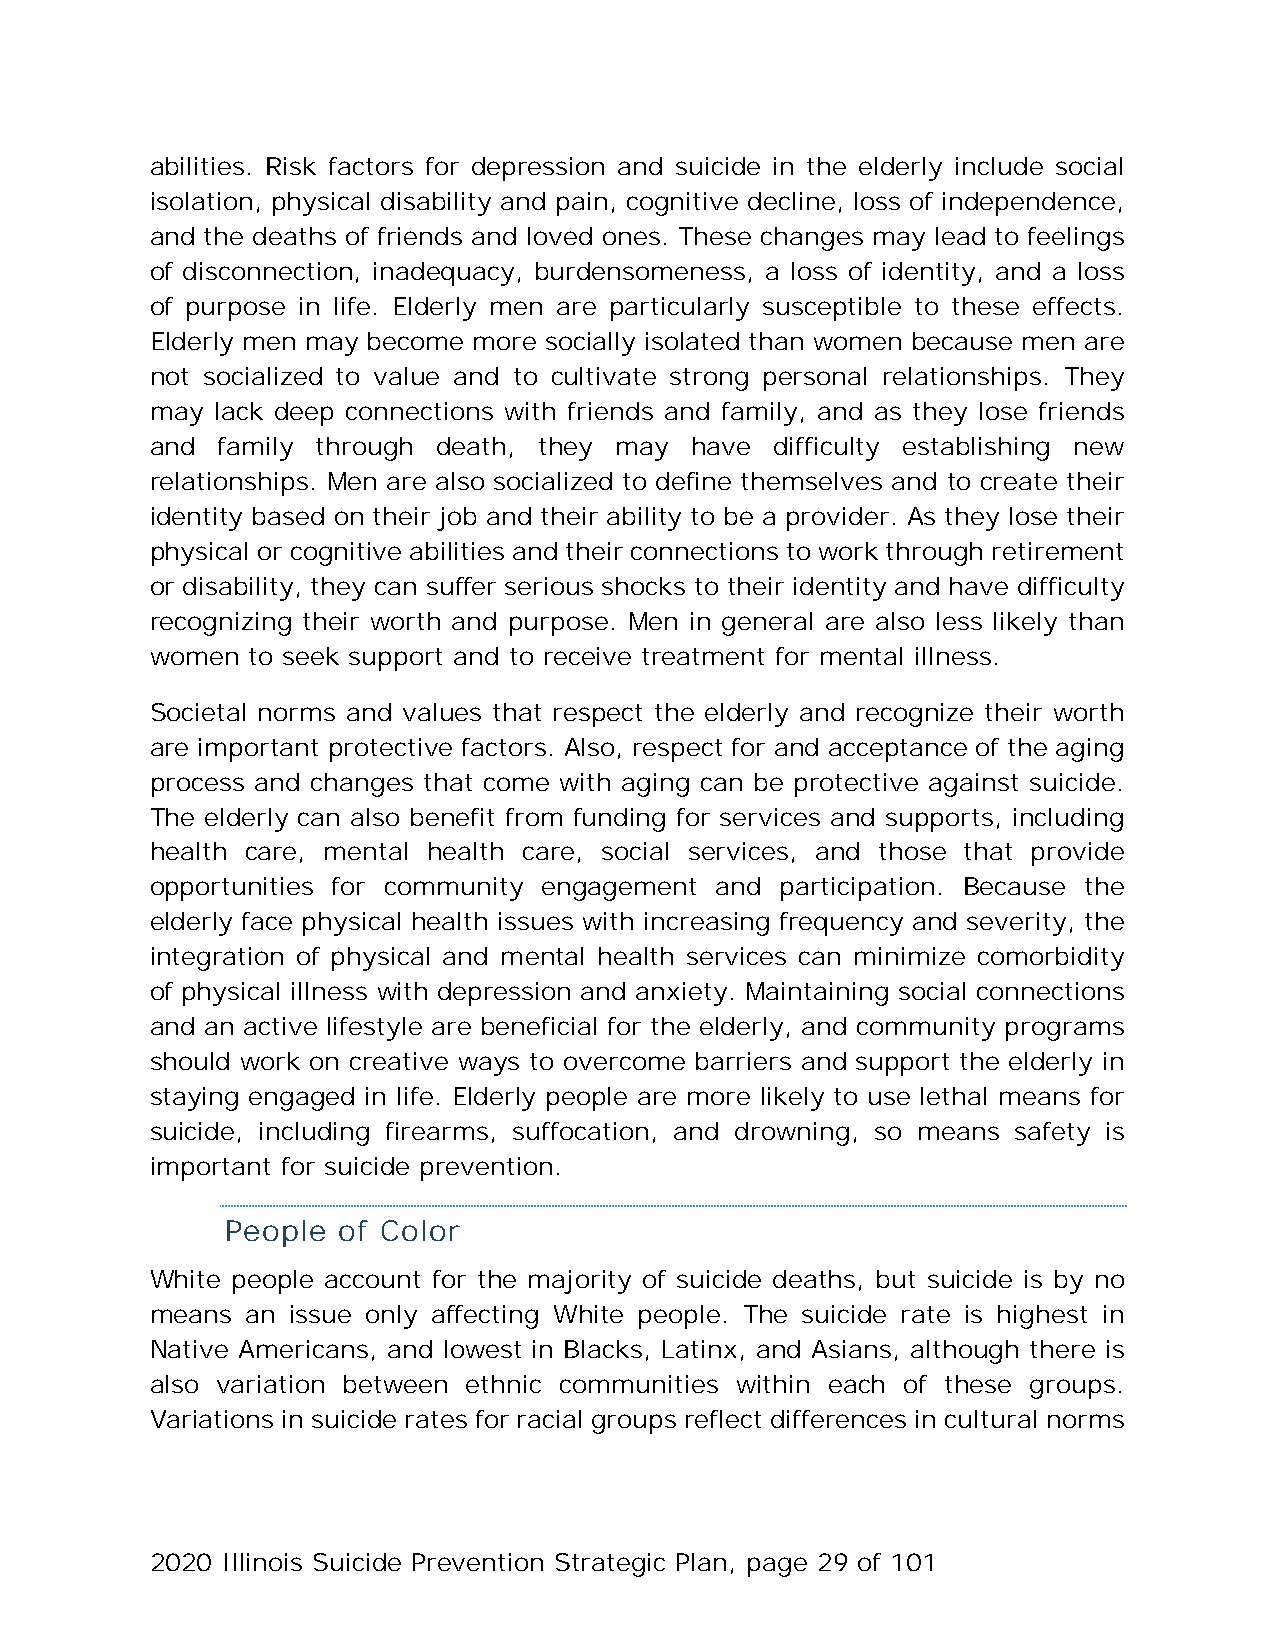
abilities. Risk factors for depression and suicide in the elderly include social
 isolation, physical disability and pain, cognitive decline, loss of independence,
 and the deaths of friends and loved ones. These changes may lead to feelings
 of disconnection, inadequacy, burdensomeness, a loss of identity, and a loss
 of purpose in life. Elderly men are particularly susceptible to these effects.
 Elderly men may become more socially isolated than women because men are
 not socialized to value and to cultivate strong personal relationships. They
 may lack deep connections with friends and family, and as they lose friends
 and family through death, they may  have difficulty establishing new
 relationships. Men are also socialized to define themselves and to create their
 identity based on their job and their ability to be a provider. As they lose their
 physical or cognitive abilities and their connections to work through retirement
 or disability, they can suffer serious shocks to their identity and have difficulty
 recognizing their worth and purpose. Men in general are also less likely than
 women to seek support and to receive treatment for mental illness.
 Societal norms and values that respect the elderly and recognize their worth
 are important protective factors. Also, respect for and acceptance of the aging
 process and changes that come with aging can be protective against suicide.
 The elderly can also benefit from funding for services and supports, including
 health care, mental health care, social services, and those that provide
 opportunities for community engagement and participation. Because the
 elderly face physical health issues with increasing frequency and severity, the
 integration of physical and mental health services can minimize comorbidity
 of physical illness with depression and anxiety. Maintaining social connections
 and an active lifestyle are beneficial for the elderly, and community programs
 should work on creative ways to overcome barriers and support the elderly in
 staying engaged in life. Elderly people are more likely to use lethal means for
 suicide, including firearms, suffocation, and drowning, so means safety is
 important for suicide prevention.
 People of Color
 White people account for the majority of suicide deaths, but suicide is by no
 means an issue only affecting White people. The suicide rate is highest in
 Native Americans, and lowest in Blacks, Latinx, and Asians, although there is
 also variation between ethnic communities within each of these groups.
 Variations in suicide rates for racial groups reflect differences in cultural norms
 2020 Illinois Suicide Prevention Strategic Plan, page 29 of 101